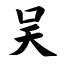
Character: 吴